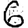
Digit: 6